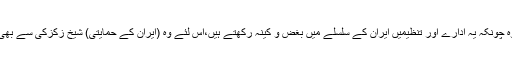
اسکے علاوہ چونکہ یہ ادارے اور تنظیمیں ایران کے سلسلے میں بغض و کینہ رکھتے ہیں،اس لئے وہ (ایران کے حمایتی) شیخ زکزکی سے بھی خائف ہیں۔